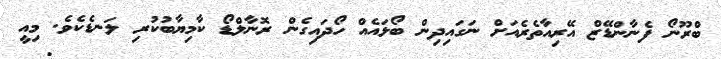
ބްރޫނޯ ފެނާންޑޭޒް އޭރިއާތެރެއަށް ނަގައިދިން ބޯޅައެއް ހޯދައިގެން ރޮނާލްޑޯ ކާމިޔާބުކުރި ލަނޑެކެވެ. މިއީ